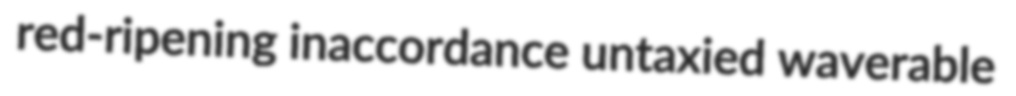
red-ripening inaccordance untaxied waverable